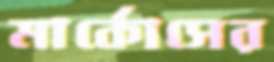
মার্কোসের